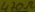
Text: 470Ω